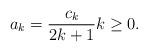
LaTeX: \begin{align*} a_{k}=\frac{c_{k}}{2k+1}k\ge 0.\end{align*}